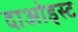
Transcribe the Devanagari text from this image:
दाओइस्ट